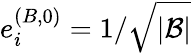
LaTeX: e_{i}^{(B,0)}=1/\sqrt{|{\cal B}|}